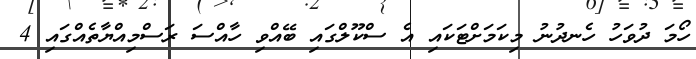
ހޯމަ ދުވަހު ހެނދުނު މިކަމަށްޓަކައި އެ ސްކޫލްގައި ބޭއްވި ހާއްސަ ރަސްމިއްޔާތެއްގައި 4